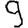
Digit: 9